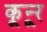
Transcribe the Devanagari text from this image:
कून्‍ूर